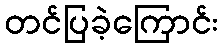
တင်ပြခဲ့ကြောင်း